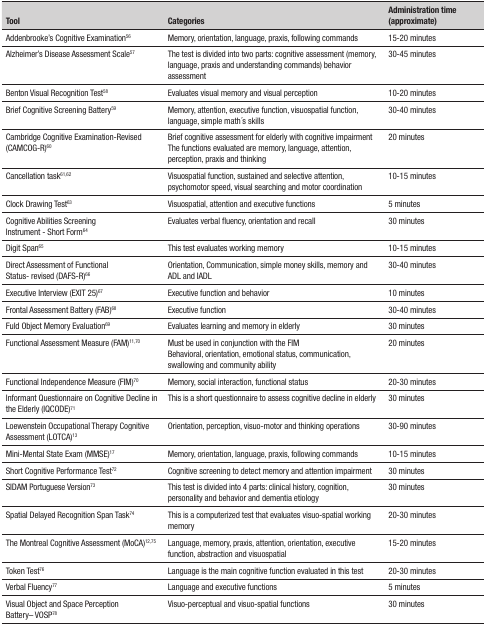
<table><thead><tr><td><b>Tool</b></td><td><b>Categories</b></td><td><b>Administration time(approximate)</b></td></tr></thead><tbody><tr><td>Addenbrooke&#x27;s Cognitive Examination<sup>56</sup></td><td>Memory, orientation, language, praxis, followingcommands</td><td>15-20 minutes</td></tr><tr><td>Alzheimer&#x27;s Disease Assessment Scale<sup>57</sup></td><td>The test is divided into two parts: cognitiveassessment (memory, language, praxis and understanding commands)behavior assessment</td><td>30-45 minutes</td></tr><tr><td>Benton Visual Recognition Test<sup>58</sup></td><td>Evaluates visual memory and visual perception</td><td>10-20 minutes</td></tr><tr><td>Brief Cognitive Screening Battery<sup>59</sup></td><td>Memory, attention, executive function, visuospatialfunction, language, simple math́s skills</td><td>30-40 minutes</td></tr><tr><td>Cambridge Cognitive Examination-Revised(CAMCOG-R)<sup>60</sup></td><td>Brief cognitive assessment for elderly with cognitiveimpairment The functions evaluated are memory, language, attention,perception, praxis and thinking</td><td>20 minutes</td></tr><tr><td>Cancellation task<sup>61,62</sup></td><td>Visuospatial function, sustained and selectiveattention, psychomotor speed, visual searching and motorcoordination</td><td>10-15 minutes</td></tr><tr><td>Clock Drawing Test<sup>63</sup></td><td>Visuospatial, attention and executive functions</td><td>5 minutes</td></tr><tr><td>Cognitive Abilities ScreeningInstrument -Short Form<sup>64</sup></td><td>Evaluates verbal fluency, orientation and recall</td><td>30 minutes</td></tr><tr><td>Digit Span<sup>65</sup></td><td>This test evaluates working memory</td><td>10-15 minutes</td></tr><tr><td>Direct Assessment of FunctionalStatus-revised (DAFS-R)<sup>66</sup></td><td>Orientation, Communication, simple money skills, memoryand ADL and IADL</td><td>30-40 minutes</td></tr><tr><td>Executive Interview (EXIT 25)<sup>67</sup></td><td>Executive function and behavior</td><td>10 minutes</td></tr><tr><td>Frontal Assessment Battery (FAB)<sup>68</sup></td><td>Executive function</td><td>30-40 minutes</td></tr><tr><td>Fuld Object Memory Evaluation<sup>69</sup></td><td>Evaluates learning and memory in elderly</td><td>30 minutes</td></tr><tr><td>Functional Assessment Measure (FAM)<sup>11,70</sup></td><td>Must be used in conjunction with the FIMBehavioral,orientation, emotional status, communication, swallowing andcommunity ability</td><td>20 minutes</td></tr><tr><td>Functional Independence Measure (FIM)<sup>70</sup></td><td>Memory, social interaction, functional status</td><td>20-30 minutes</td></tr><tr><td>Informant Questionnaire on Cognitive Decline in theElderly (IQCODE)<sup>71</sup></td><td>This is a short questionnaire to assess cognitivedecline in elderly</td><td>30 minutes</td></tr><tr><td>Loewenstein Occupational Therapy Cognitive Assessment(LOTCA)<sup>13</sup></td><td>Orientation, perception, visuo-motor and thinkingoperations</td><td>30-90 minutes</td></tr><tr><td>Mini-Mental State Exam (MMSE)<sup>17</sup></td><td>Memory, orientation, language, praxis, followingcommands</td><td>10-15 minutes</td></tr><tr><td>Short Cognitive Performance Test<sup>72</sup></td><td>Cognitive screening to detect memory and attentionimpairment</td><td>30 minutes</td></tr><tr><td>SIDAM Portuguese Version<sup>73</sup></td><td>This test is divided into 4 parts: clinical history,cognition, personality and behavior and dementia etiology</td><td>30 minutes</td></tr><tr><td>Spatial Delayed Recognition Span Task<sup>74</sup></td><td>This is a computerized test that evaluatesvisuo-spatial working memory</td><td>20-30 minutes</td></tr><tr><td>The Montreal Cognitive Assessment (MoCA)<sup>12,75</sup></td><td>Language, memory, praxis, attention, orientation,executive function, abstraction and visuospatial</td><td>15-20 minutes</td></tr><tr><td>Token Test<sup>76</sup></td><td>Language is the main cognitive function evaluated inthis test</td><td>20-30 minutes</td></tr><tr><td>Verbal Fluency<sup>77</sup></td><td>Language and executive functions</td><td>5 minutes</td></tr><tr><td>Visual Object and Space PerceptionBattery-VOSP<sup>78</sup></td><td>Visuo-perceptual and visuo-spatial functions</td><td>30 minutes</td></tr></tbody></table>